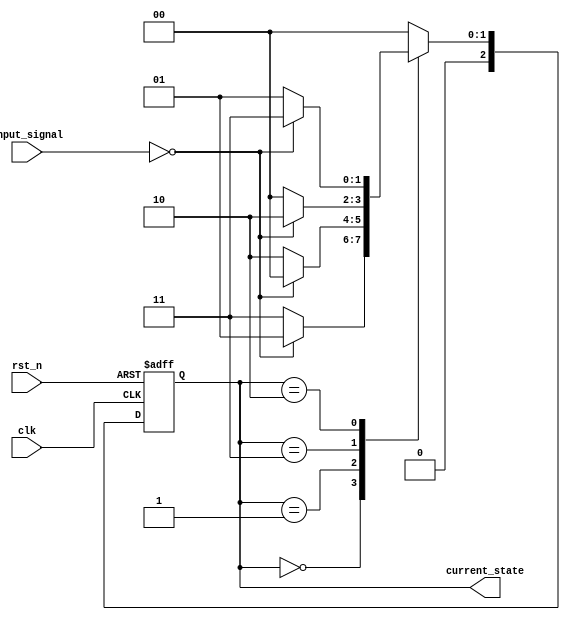
module gray_code_state_machine(
  input wire clk,
  input wire rst_n,
  input wire [N-1:0] input_signal,
  output reg [N-1:0] current_state
);

// State encoding in Gray code
parameter N = 3; // Number of state bits

// Define states
parameter S0 = 3'b000;
parameter S1 = 3'b001;
parameter S2 = 3'b011;
parameter S3 = 3'b010;

// State register
always @(posedge clk or negedge rst_n) begin
  if (~rst_n) begin
    current_state <= S0;
  end else begin
    current_state <= next_state;
  end
end

// Next state logic
reg [N-1:0] next_state;
always @(*) begin
  case(current_state)
    S0: begin
          if(input_signal == 1'b0)
            next_state = S1;
          else
            next_state = S2;
        end
    S1: begin
          if(input_signal == 1'b0)
            next_state = S0;
          else
            next_state = S3;
        end
    S2: begin
          if(input_signal == 1'b0)
            next_state = S3;
          else
            next_state = S0;
        end
    S3: begin
          if(input_signal == 1'b0)
            next_state = S2;
          else
            next_state = S1;
        end
    default: next_state = S0;
  endcase
end

endmodule